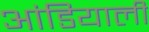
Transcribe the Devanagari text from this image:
आंडियाली